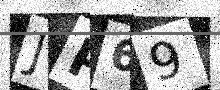
Text: JP69